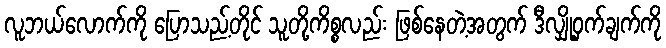
လူဘယ်လောက်ကို ပြောသည့်တိုင် သူတို့ကိစ္စလည်း ဖြစ်နေတဲ့အတွက် ဒီလျှို့ဝှက်ချက်ကို